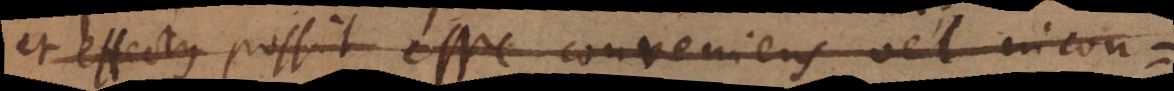
et effectus possit esse conveniens vel incon